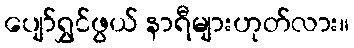
ပျော်ရွှင်ဖွယ် နာရီများဟုတ်လား။